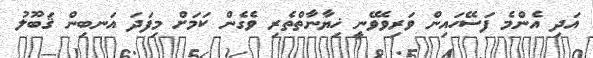
އަދި އެންމެ ފަސޭހައިން ވަރިވެވޭނީ ޚިޔާނާތްތެރި ވެގެން ކަމަށް މިފަދަ އަނބިން ޤަބޫލު